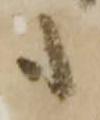
も